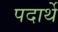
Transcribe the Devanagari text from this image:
पदार्थे